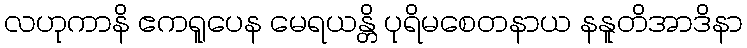
လဟုကာနိ ဧကရူပေန မေရယန္တိ ပုရိမစေတနာယ နနူတိအာဒိနာ